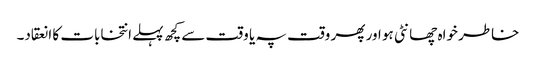
خاطر خواہ چھانٹی ہو اور پھر وقت پہ یا وقت سے کچھ پہلے انتخابات کا انعقاد۔